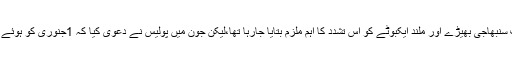
غور طلب ہے کہ اس سے پہلے کی جانچ میں ہندتواوای لیڈر منوہر عرف سنبھاجی بھیڑے اور ملند ایکبوٹے کو اس تشدد کا اہم ملزم بتایا جارہا تھا،لیکن جون میں پولیس نے دعویٰ کیا کہ 1جنوری کو ہوئے اس تشدد کے پیچھے نکسل اور ان سے ہمدردی رکھنے والے شامل ہیں۔